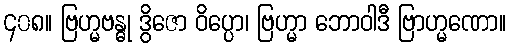
၄၀၈။ ဗြဟ္မဗန္ဓု ဒွိဇော ဝိပ္ပော၊ ဗြဟ္မာ ဘောဝါဒီ ဗြာဟ္မဏော။